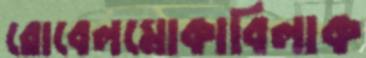
রোবেলমোকাবিলাক